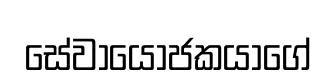
සේවායෝජකයාගේ